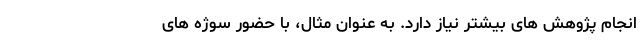
انجام پژوهش های بیشتر نیاز دارد. به عنوان مثال، با حضور سوژه های